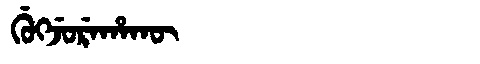
Manchu: ᡤᡠᡴᠵᡠᡵᡝᡥᠠᡴᡡ
Romanization: GUKJUREHAKŪ